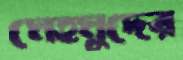
মেহমুদের